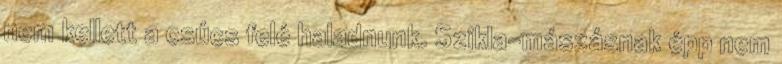
nem kellett a csúcs felé haladnunk. Szikla-mászásnak épp nem